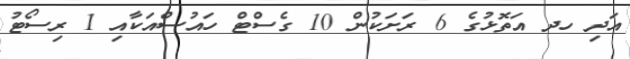
އަދި ހދ އަތޮޅުގެ 6 ރަށަކުން 10 ގެސްޓް ހައުސްއަކާއި 1 ރިސޯޓު